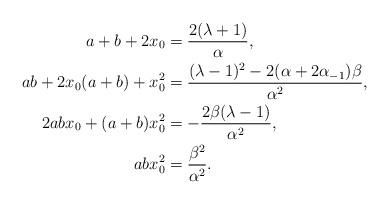
LaTeX: \begin{align*}a+b+2x_0&=\frac{2(\lambda+1)}{\alpha},\\ab+2x_0(a+b)+x_0^2&=\frac{(\lambda-1)^2-2(\alpha+2\alpha_{-1})\beta}{\alpha^2},\\ 2abx_0+(a+b)x_0^2&=-\frac{2\beta(\lambda-1)}{\alpha^2},\\ abx_0^2&=\frac{\beta^{2}}{\alpha^2}. \end{align*}